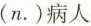
(n.)病人